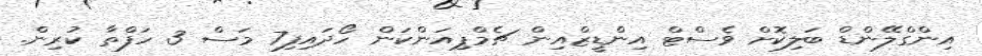
އިންގްލޭންޑް ބަލިކޮށް ވެސްޓް އިންޑީޒްއިން ޗެމްޕިއަންކަން ހޯދައިފި7 މަސް 3 ހަފްތާ ކުރިން.